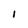
Character: 1